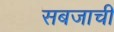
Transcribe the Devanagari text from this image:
सबजाची